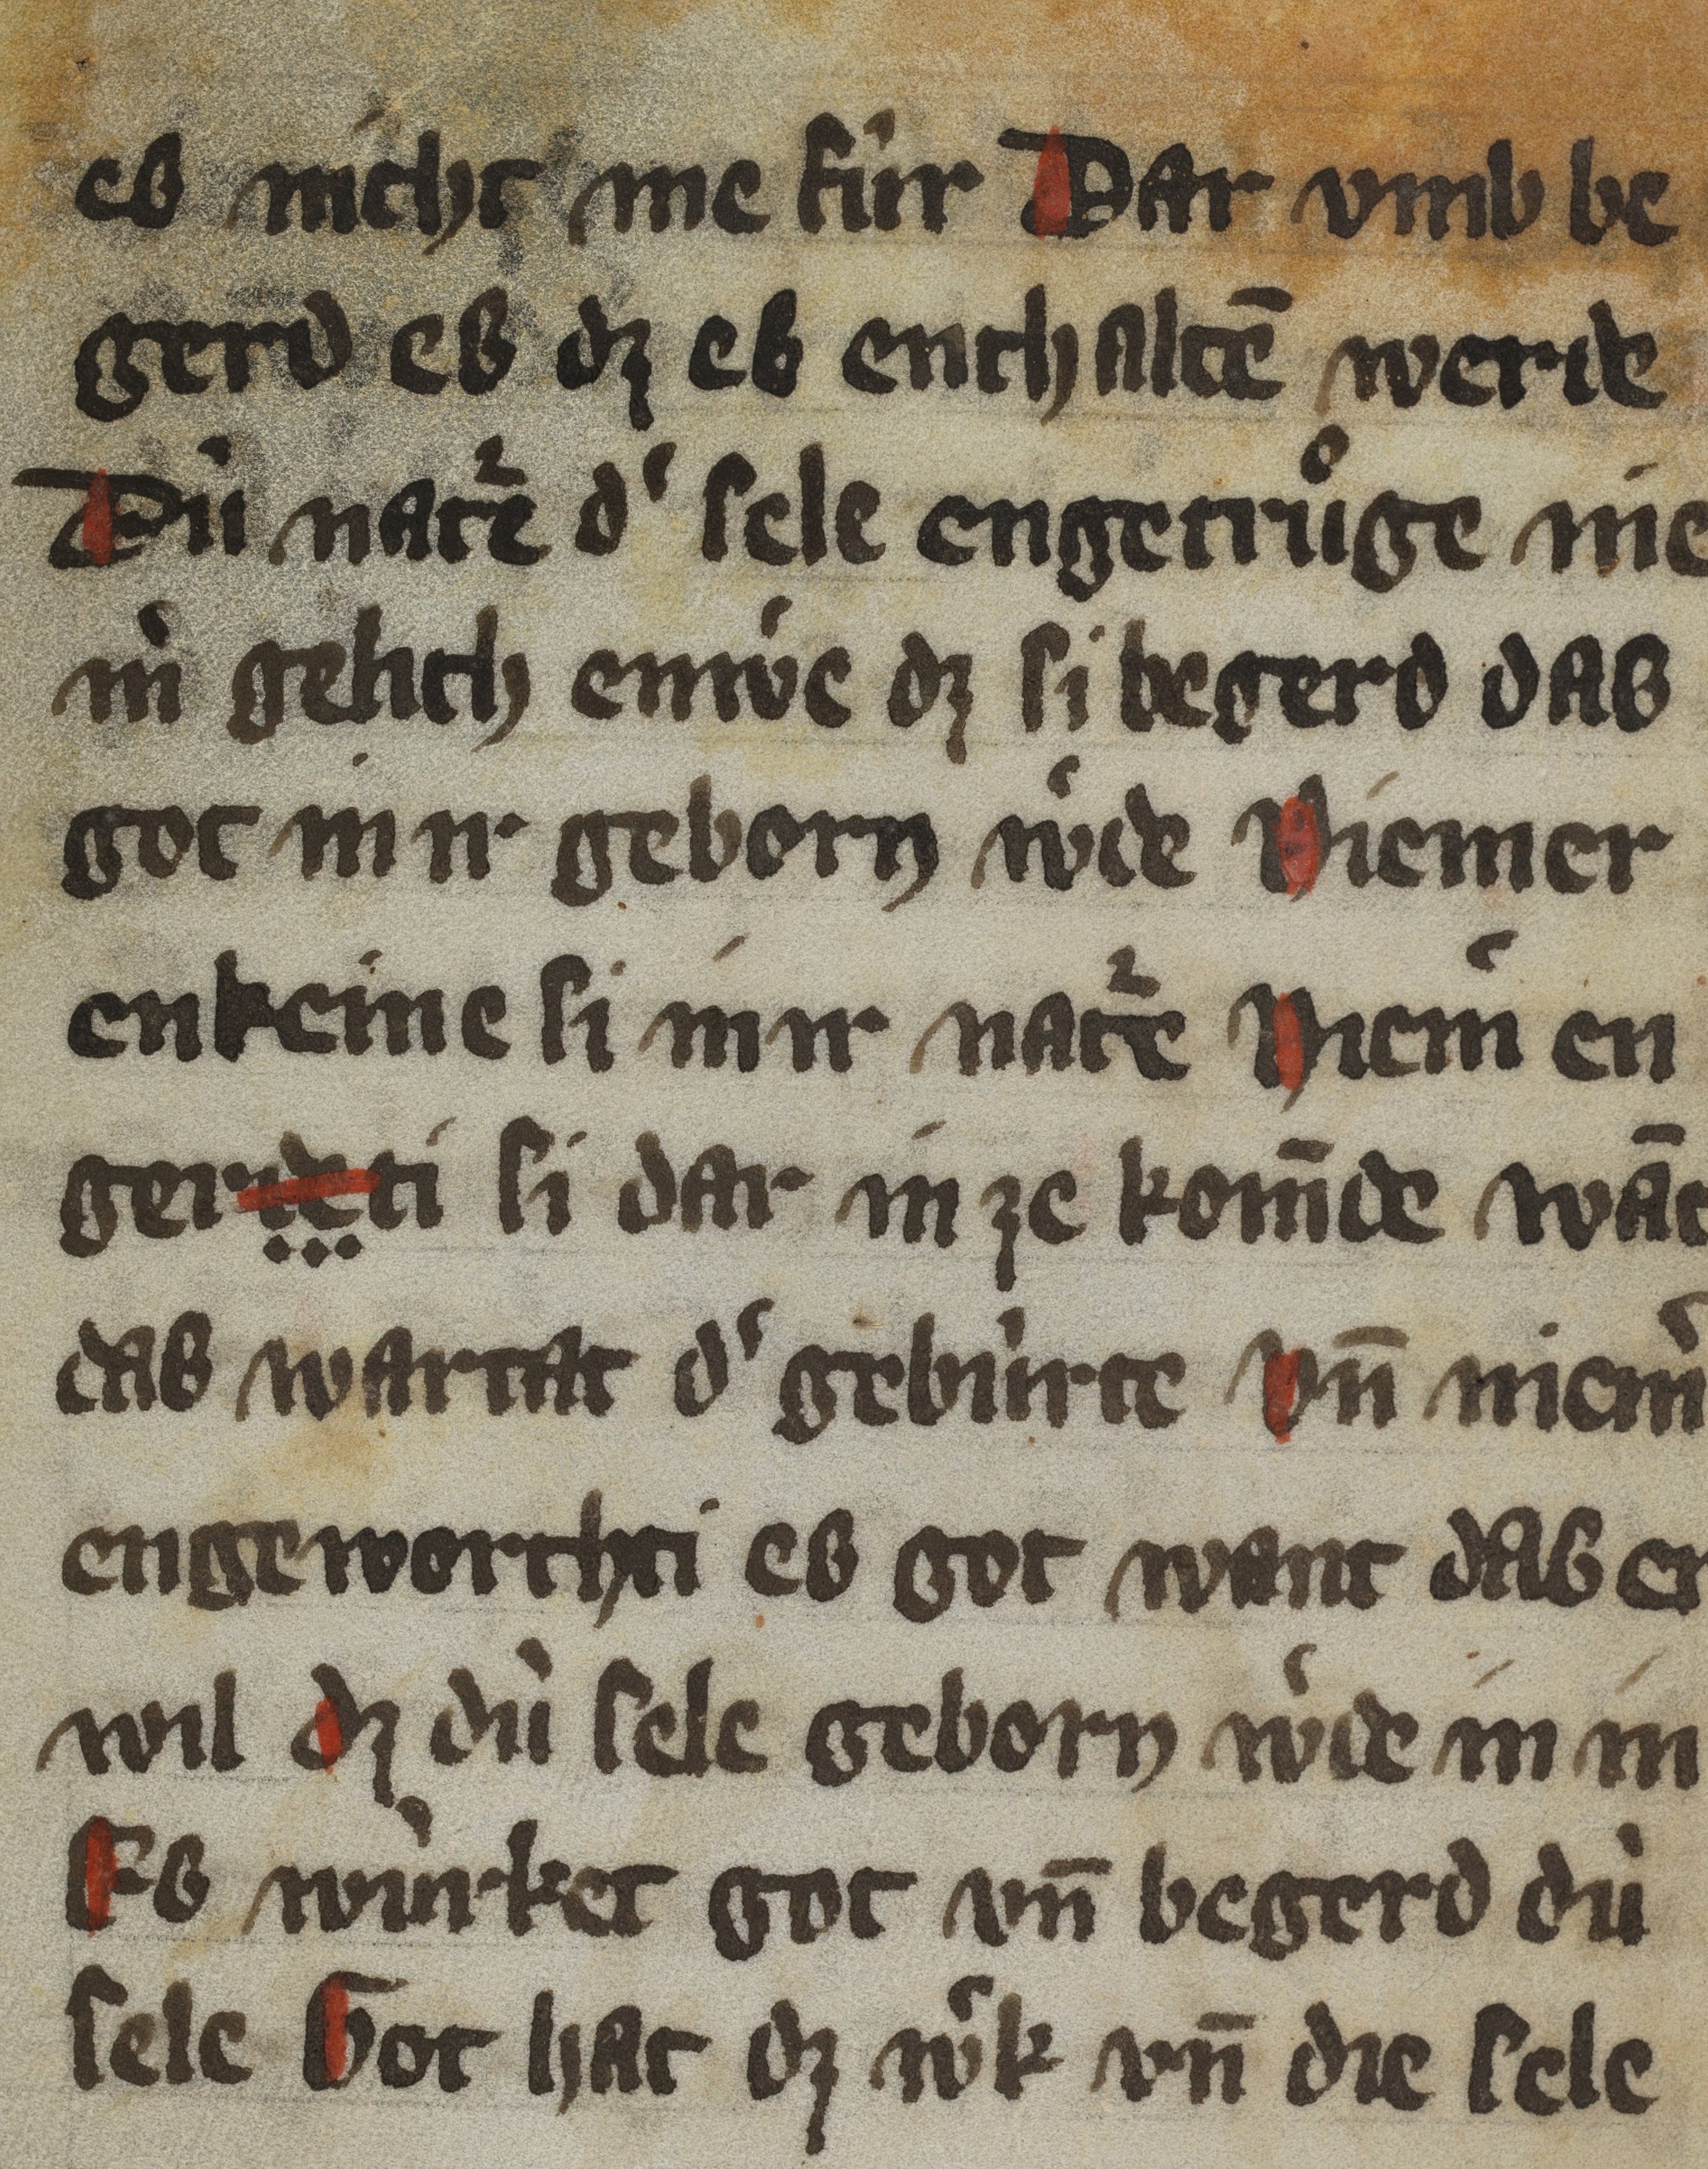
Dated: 1350–1399